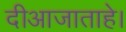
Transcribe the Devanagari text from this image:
दीआजाताहे।